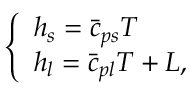
\left\{ \begin{array} { l } { h _ { s } = \bar { c } _ { p s } T } \\ { h _ { l } = \bar { c } _ { p l } T + L , } \end{array} \right.